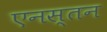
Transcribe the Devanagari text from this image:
एनस्तन